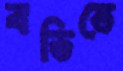
বডিতে